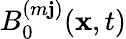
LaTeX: B_{0}^{(m\mathbf{j})}(\mathbf{{x}},t)